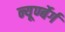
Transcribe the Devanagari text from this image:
न्यूर्ण्बेर्ग